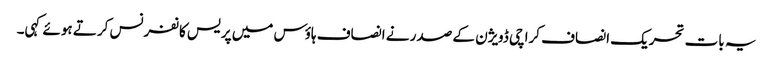
یہ بات تحریک انصاف کراچی ڈویژن کے صدر نے انصاف ہاؤس میں پریس کانفرنس کرتے ہوئے کہی۔